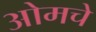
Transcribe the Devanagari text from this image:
ओमचे